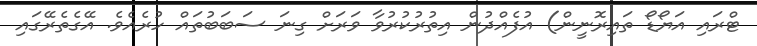
ޓްރައި އަޔޯޑޯ ތައިރޮނީން) އުފެއްދުން އިތުރުކުރުވާ ވަރަށް ގިނަ ސަބަބުތައް ހުރެއެވެ. އޭގެތެރޭގައި